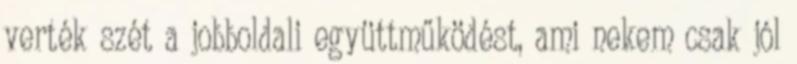
verték szét a jobboldali együttműködést, ami nekem csak jól